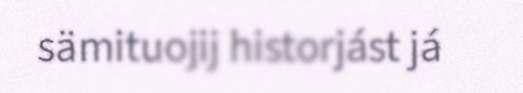
sämituojij historjást já